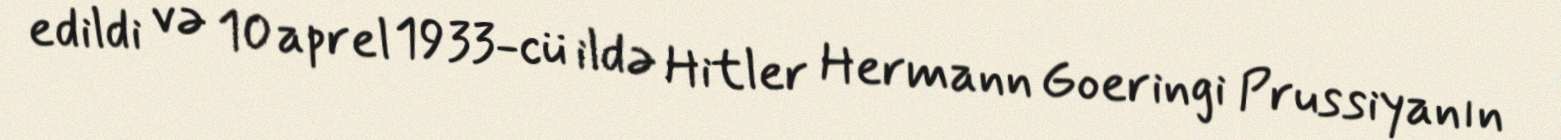
edildi və 10 aprel 1933-cü ildə Hitler Hermann Goeringi Prussiyanın